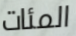
المئات